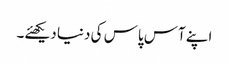
اپنے آس پاس کی دنیا دیکھئے۔